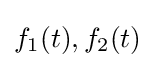
f_{1}(t),f_{2}(t)